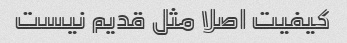
کیفیت اصلا مثل قدیم نیست